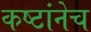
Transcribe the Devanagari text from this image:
कष्टांनेच